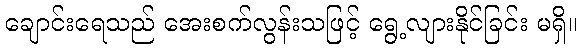
ချောင်းရေသည် အေးစက်လွန်းသဖြင့် ရွေ့လျားနိုင်ခြင်း မရှိ။